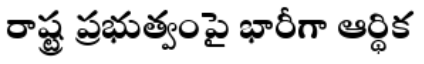
రాష్ట్ర ప్రభుత్వంపై భారీగా ఆర్థిక